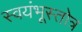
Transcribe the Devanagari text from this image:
स्वयंभूस्तोत्र